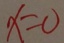
x = 0